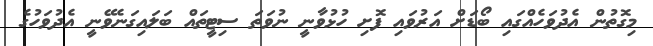
މިގޮތުން އެދުވަހެއްގައި ބޯޑަށް އަރުވައި ފޮށި ހުޅުވާނީ ނުވަތަ ސިޓީތައް ބަލައިގަނެވޭނީ އެދުވަހުގެ